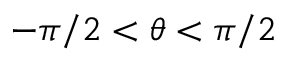
- \pi / 2 < \theta < \pi / 2